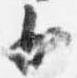
少